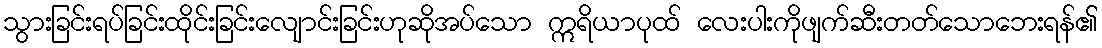
သွားခြင်းရပ်ခြင်းထိုင်းခြင်းလျောင်းခြင်းဟုဆိုအပ်သော ဣရိယာပုထ် လေးပါးကိုဖျက်ဆီးတတ်သောဘေးရန်၏